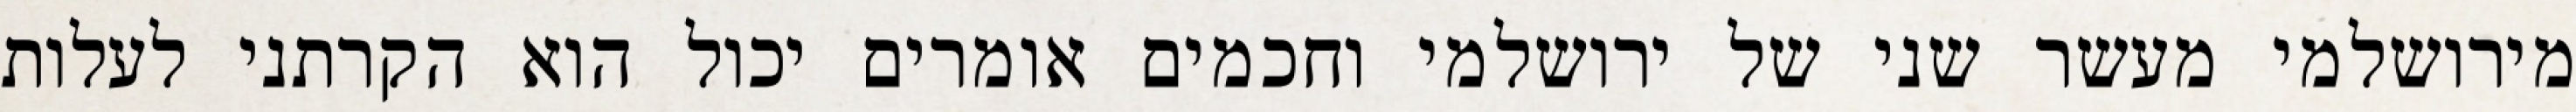
מירושלמי מעשר שני של ירושלמי וחכמים אומרים יכול הוא הקרתני לעלות